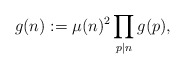
\begin{align*} g(n) := \mu(n)^2 \prod_{p|n} g(p),\end{align*}